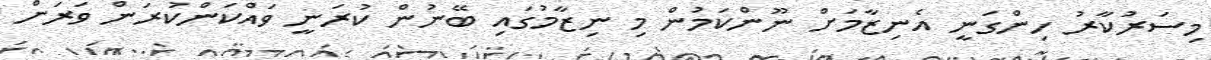
މިސަރުކާރު ހިންގަނީ އެނިޒާމަށް ނޫންކަމުން މި ނިޒާމުގައި ބޭނުން ކުރަނީ ވައްކަންކުރަން ވަރަށް